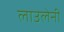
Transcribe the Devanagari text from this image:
लाउलेनी